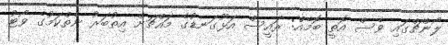
ލޯންޗްގައި ވެސް އޮތީ ބޮމެއް: ރައީސް އަޅޫގަނޑުގެ މައްޗަށް އިތުބަރު ނެތްކަމުގެ ވޯޓު